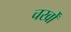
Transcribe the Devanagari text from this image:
चर्खों